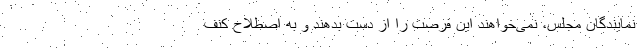
نمایندگان مجلس، نمی‌خواهند این فرصت را از دست بدهند و به اصطلاح کنف